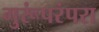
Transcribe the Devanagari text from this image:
गुरूंपरंपरा